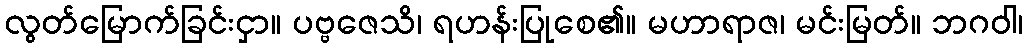
လွတ်မြောက်ခြင်းငှာ။ ပဗ္ဗဇေသိ၊ ရဟန်းပြုစေ၏။ မဟာရာဇ၊ မင်းမြတ်။ ဘဂဝါ၊